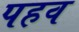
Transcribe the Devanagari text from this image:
पहव